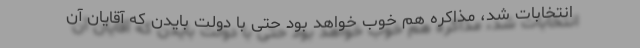
انتخابات شد، مذاکره هم خوب خواهد بود حتی با دولت بایدن که آقایان آن